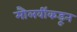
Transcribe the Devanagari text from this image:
मौलवींकडून